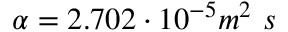
\alpha = 2 . 7 0 2 \cdot 1 0 ^ { - 5 } m ^ { 2 } \ s